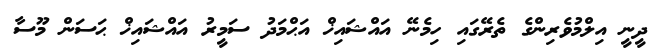
ދީނީ އިލްމުވެރިންގެ ތެރޭގައި ހިމެނޭ އައްޝައިޚް އަޙްމަދު ސަމީރު އައްޝައިޚް ޙަސަން މޫސާ